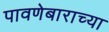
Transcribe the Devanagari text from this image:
पावणेबाराच्या